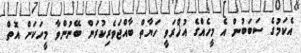
އެކަމުގެ ސަބަބުން އެ މީހެއްގެ އުޚްރަވީ ހަޔާތް ބާއްޖަވެރިކުރަން ބޭނުންވާ މީހަކަށް އޮތް